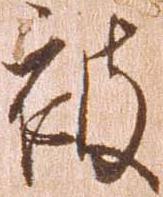
被